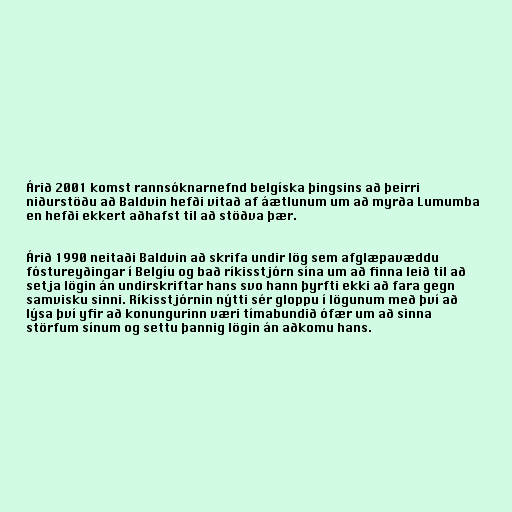
Árið 2001 komst rannsóknarnefnd belgíska þingsins að þeirri
niðurstöðu að Baldvin hefði vitað af áætlunum um að myrða Lumumba
en hefði ekkert aðhafst til að stöðva þær.

Árið 1990 neitaði Baldvin að skrifa undir lög sem afglæpavæddu
fóstureyðingar í Belgíu og bað ríkisstjórn sína um að finna leið til að
setja lögin án undirskriftar hans svo hann þyrfti ekki að fara gegn
samvisku sinni. Ríkisstjórnin nýtti sér gloppu í lögunum með því að
lýsa því yfir að konungurinn væri tímabundið ófær um að sinna
störfum sínum og settu þannig lögin án aðkomu hans.